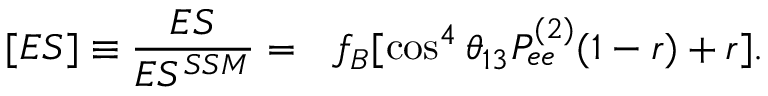
[ E S ] \equiv \frac { E S } { E S ^ { S S M } } = ~ ~ f _ { B } [ \cos ^ { 4 } \theta _ { 1 3 } P _ { e e } ^ { ( 2 ) } ( 1 - r ) + r ] .